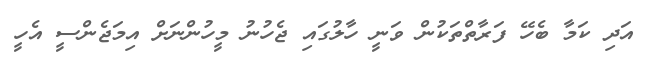
އަދި ކަމާ ބެހޭ ފަރާތްތަކުން ވަނީ ހާލުގައި ޖެހުނު މީހުންނަށް އިމަޖެންސީ އެހީ